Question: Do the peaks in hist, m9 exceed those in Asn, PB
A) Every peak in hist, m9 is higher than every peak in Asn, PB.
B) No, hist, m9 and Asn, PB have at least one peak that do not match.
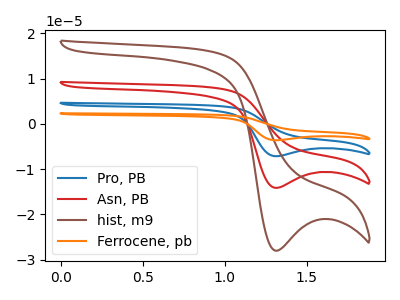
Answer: <think>The blue curve "Pro, PB" has a cathodic peak at: (1.30V, -28.30uA). The red curve "Asn, PB" has a cathodic peak at: (1.30V, -14.15uA). The brown curve "hist, m9" has a cathodic peak at: (1.30V, -28.05uA). The orange curve "Ferrocene, pb" has a cathodic peak at: (1.30V, -42.45uA).</think>
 <answer>A) Every peak in "hist, m9" is higher than every peak in "Asn, PB".</answer>
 <eval>A</eval>